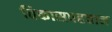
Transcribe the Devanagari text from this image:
विकासपहचान